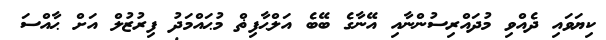
ކިޔަވައި ދެއްވި މުދައްރިސުންނާއި އޭނާގެ ބޭބެ އަލްޙާފިޡް މުޙައްމަދު ފިރުޒުލް އަށް ޙާއްސަ